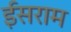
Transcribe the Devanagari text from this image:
ईसराम